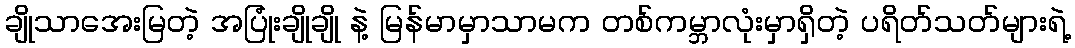
ချိုသာအေးမြတဲ့ အပြုံးချိုချို နဲ့ မြန်မာမှာသာမက တစ်ကမ္ဘာလုံးမှာရှိတဲ့ ပရိတ်သတ်များရဲ့